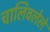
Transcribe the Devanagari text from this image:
चालिवलेले